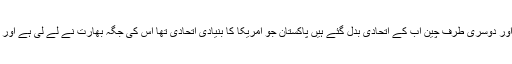
اب پھر اسی علاقہ میں وہی صورتحال پیدا ہو گئی ہے اس دفعہ پھر امریکا اور دوسری طرف چین اب کے اتحادی بدل گئے ہیں پاکستان جو امریکا کا بنیادی اتحادی تھا اس کی جگہ بھارت نے لے لی ہے اور افغانستان انکے ساتھ کھڑا ہے اور پھر ایک سرد جنگ شروع ہو چکی ہے ۔